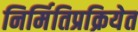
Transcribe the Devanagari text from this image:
निर्मितिप्रक्रियेत